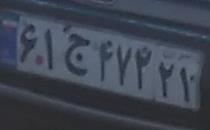
۶۱ج۴۷۴۲۱